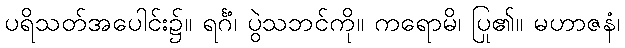
ပရိသတ်အပေါင်း၌။ ရင်္ဂံ၊ ပွဲသဘင်ကို။ ကရောမိ၊ ပြု၏။ မဟာဇနံ၊